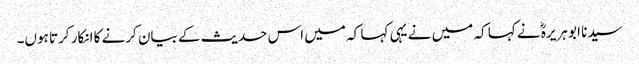
سیدنا ابو ہریرہؓ نے کہا کہ میں نے یہی کہا کہ میں اس حدیث کے بیان کرنے کا انکار کرتا ہوں۔